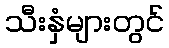
သီးနှံများတွင်